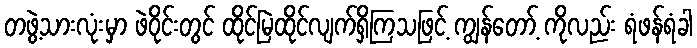
တဖွဲ့သားလုံးမှာ ဖဲဝိုင်းတွင် ထိုင်မြဲထိုင်လျက်ရှိကြသဖြင့် ကျွန်တော့် ကိုလည်း ရံဖန်ရံခါ